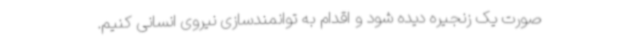
صورت یک زنجیره دیده شود و اقدام به توانمندسازی نیروی انسانی کنیم.